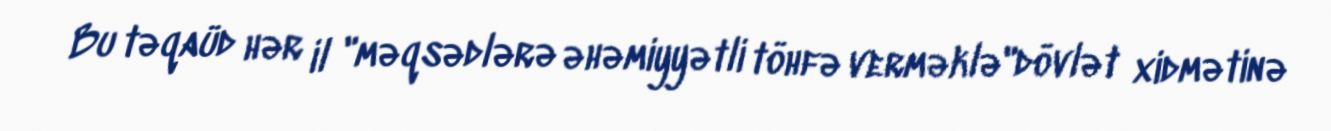
Bu təqaüd hər il "məqsədlərə əhəmiyyətli töhfə verməklə"dövlət xidmətinə